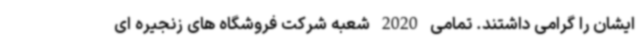
ایشان را گرامی داشتند. تمامی 2020 شعبه شرکت فروشگاه های زنجیره ای